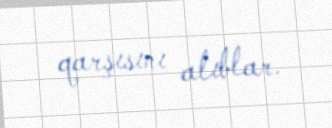
qarşısını alıblar.